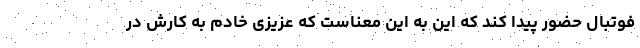
فوتبال حضور پیدا کند که این به این معناست که عزیزی خادم به کارش در